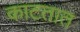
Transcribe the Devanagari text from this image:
काटतात